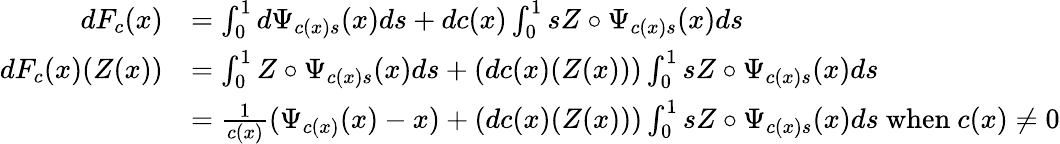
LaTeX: \begin{array}{rl}{dF_{c}(x)}&{=\int_{0}^{1}d\Psi_{c(x)s}(x)ds+dc(x)\int_{0}^{1}sZ\circ\Psi_{c(x)s}(x)ds}\\ {dF_{c}(x)(Z(x))}&{=\int_{0}^{1}Z\circ\Psi_{c(x)s}(x)ds+(dc(x)(Z(x)))\int_{0}^{1}sZ\circ\Psi_{c(x)s}(x)ds}\\ &{=\frac{1}{c(x)}(\Psi_{c(x)}(x)-x)+(dc(x)(Z(x)))\int_{0}^{1}sZ\circ\Psi_{c(x)s}(x)ds\mathrm{~when~}c(x)\neq 0}\end{array}